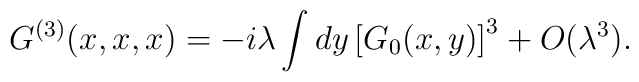
G^{(3)}(x,x,x)= -i\lambda\int dy\left[G_0(x,y)\right]^3 +O(\lambda^3).